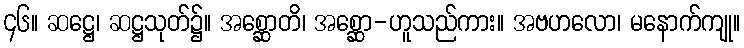
၄၆။ ဆဋ္ဌေ၊ ဆဋ္ဌသုတ်၌။ အစ္ဆောတိ၊ အစ္ဆော-ဟူသည်ကား။ အဗဟလော၊ မနောက်ကျု။